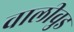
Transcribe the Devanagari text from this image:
वालीवुड